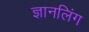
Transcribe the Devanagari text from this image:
ज्ञानलिंग